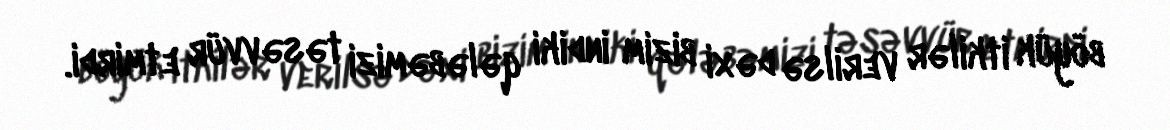
böyük itkilər verilsə dəxi bizim indiki qələbəmizi təsəvvür etmirdi.